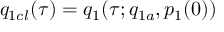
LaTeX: q _ { 1 c l } ( \tau ) = q _ { 1 } ( \tau ; q _ { 1 a } , p _ { 1 } ( 0 ) )